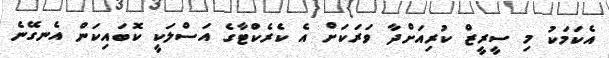
އެކަމަކު މި ސީރީޒް ކުރިއަށްދާ ވަރަކަށް އެ ކެރެކްޓާގެ އަސްލަކީ ކޮބައިކަން އެނގޭނެ